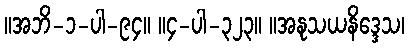
။အဘိ-၁-ပါ-၉၄။ ။၄-ပါ-၃၂၃။ ။အနုသယနိဒ္ဒေသ၊